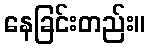
နေခြင်းတည်း။